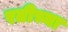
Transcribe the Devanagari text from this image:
रतीच्या